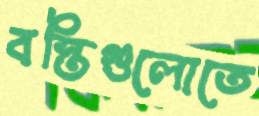
বস্তিগুলোতে